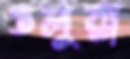
ডলুরা